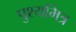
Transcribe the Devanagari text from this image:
पुश्यमित्र